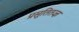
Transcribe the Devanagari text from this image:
प्रसूतितज्‍ज्ञ